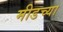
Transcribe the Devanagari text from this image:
मीडच्या